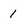
Character: 1